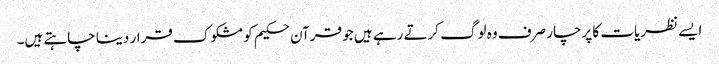
ایسے نظریات کا پرچار صرف وہ لوگ کرتے رہے ہیں جو قرآن حکیم کو مشکوک قرار دینا چاہتے ہیں۔